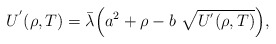
\begin{align*}U^{'}(\rho, T) = \bar{\lambda} \Bigl( a^2 + \rho - b~ \sqrt{U^{'} (\rho, T)} \Bigr),\end{align*}